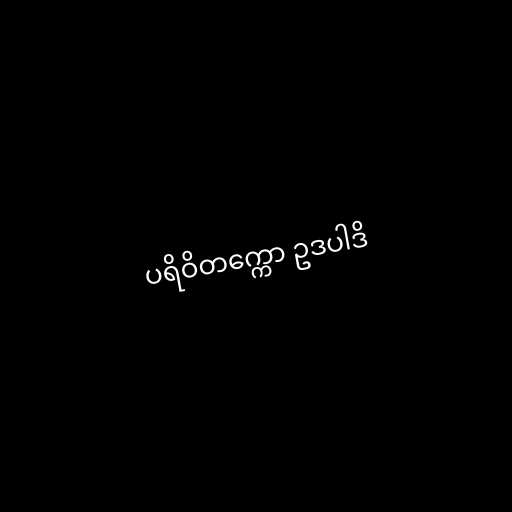
ပရိဝိတက္ကော ဥဒပါဒိ